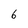
Character: b